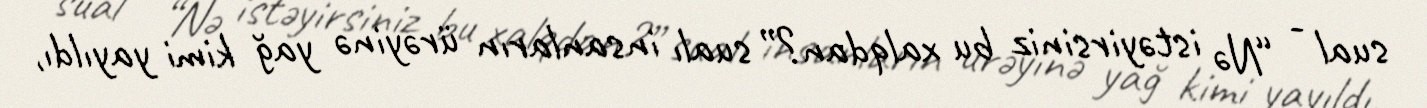
sual - “Nə istəyirsiniz bu xalqdan?” sualı insanların ürəyinə yağ kimi yayıldı,